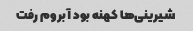
شیرینی‌ها کهنه بود آبروم رفت